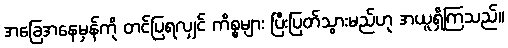
အခြေအနေမှန်ကို တင်ပြရလျှင် ကိစ္စများ ပြီးပြတ်သွားမည်ဟု အယူရှိကြသည်။